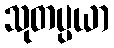
သုတပ္ပယာ